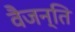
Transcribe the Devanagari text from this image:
वैजन्ति